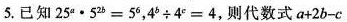
5.已知$$2 5 ^ { a } \cdot 5 ^ { 2 b } = 5 ^ { 6 }$$，$$4 ^ { b } \div 4 ^ { c } = 4$$，则代数式$$a + 2 b - c$$